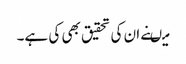
میںنے ان کی تحقیق بھی کی ہے۔